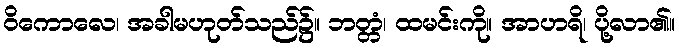
ဝိကောလေ၊ အခါမဟုတ်သည်၌။ ဘတ္တံ၊ ထမင်းကို။ အာဟရိ၊ ပို့လာ၏။